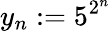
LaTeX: y_{n}:=5^{2^{n}}